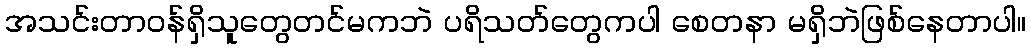
အသင်းတာဝန်ရှိသူတွေတင်မကဘဲ ပရိသတ်တွေကပါ စေတနာ မရှိဘဲဖြစ်နေတာပါ။